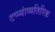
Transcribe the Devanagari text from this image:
टप्प्यांव्यतिरिक्त